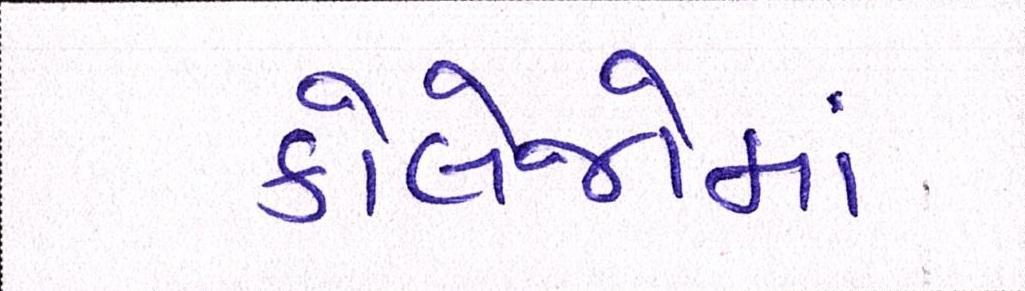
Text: કોલેજોમાં